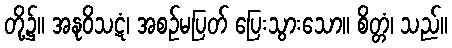
တို့၌။ အနုဝိသဋံ၊ အစဉ်မပြတ် ပြေးသွားသော။ စိတ္တံ၊ သည်။